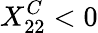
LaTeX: X_{22}^{C}<0